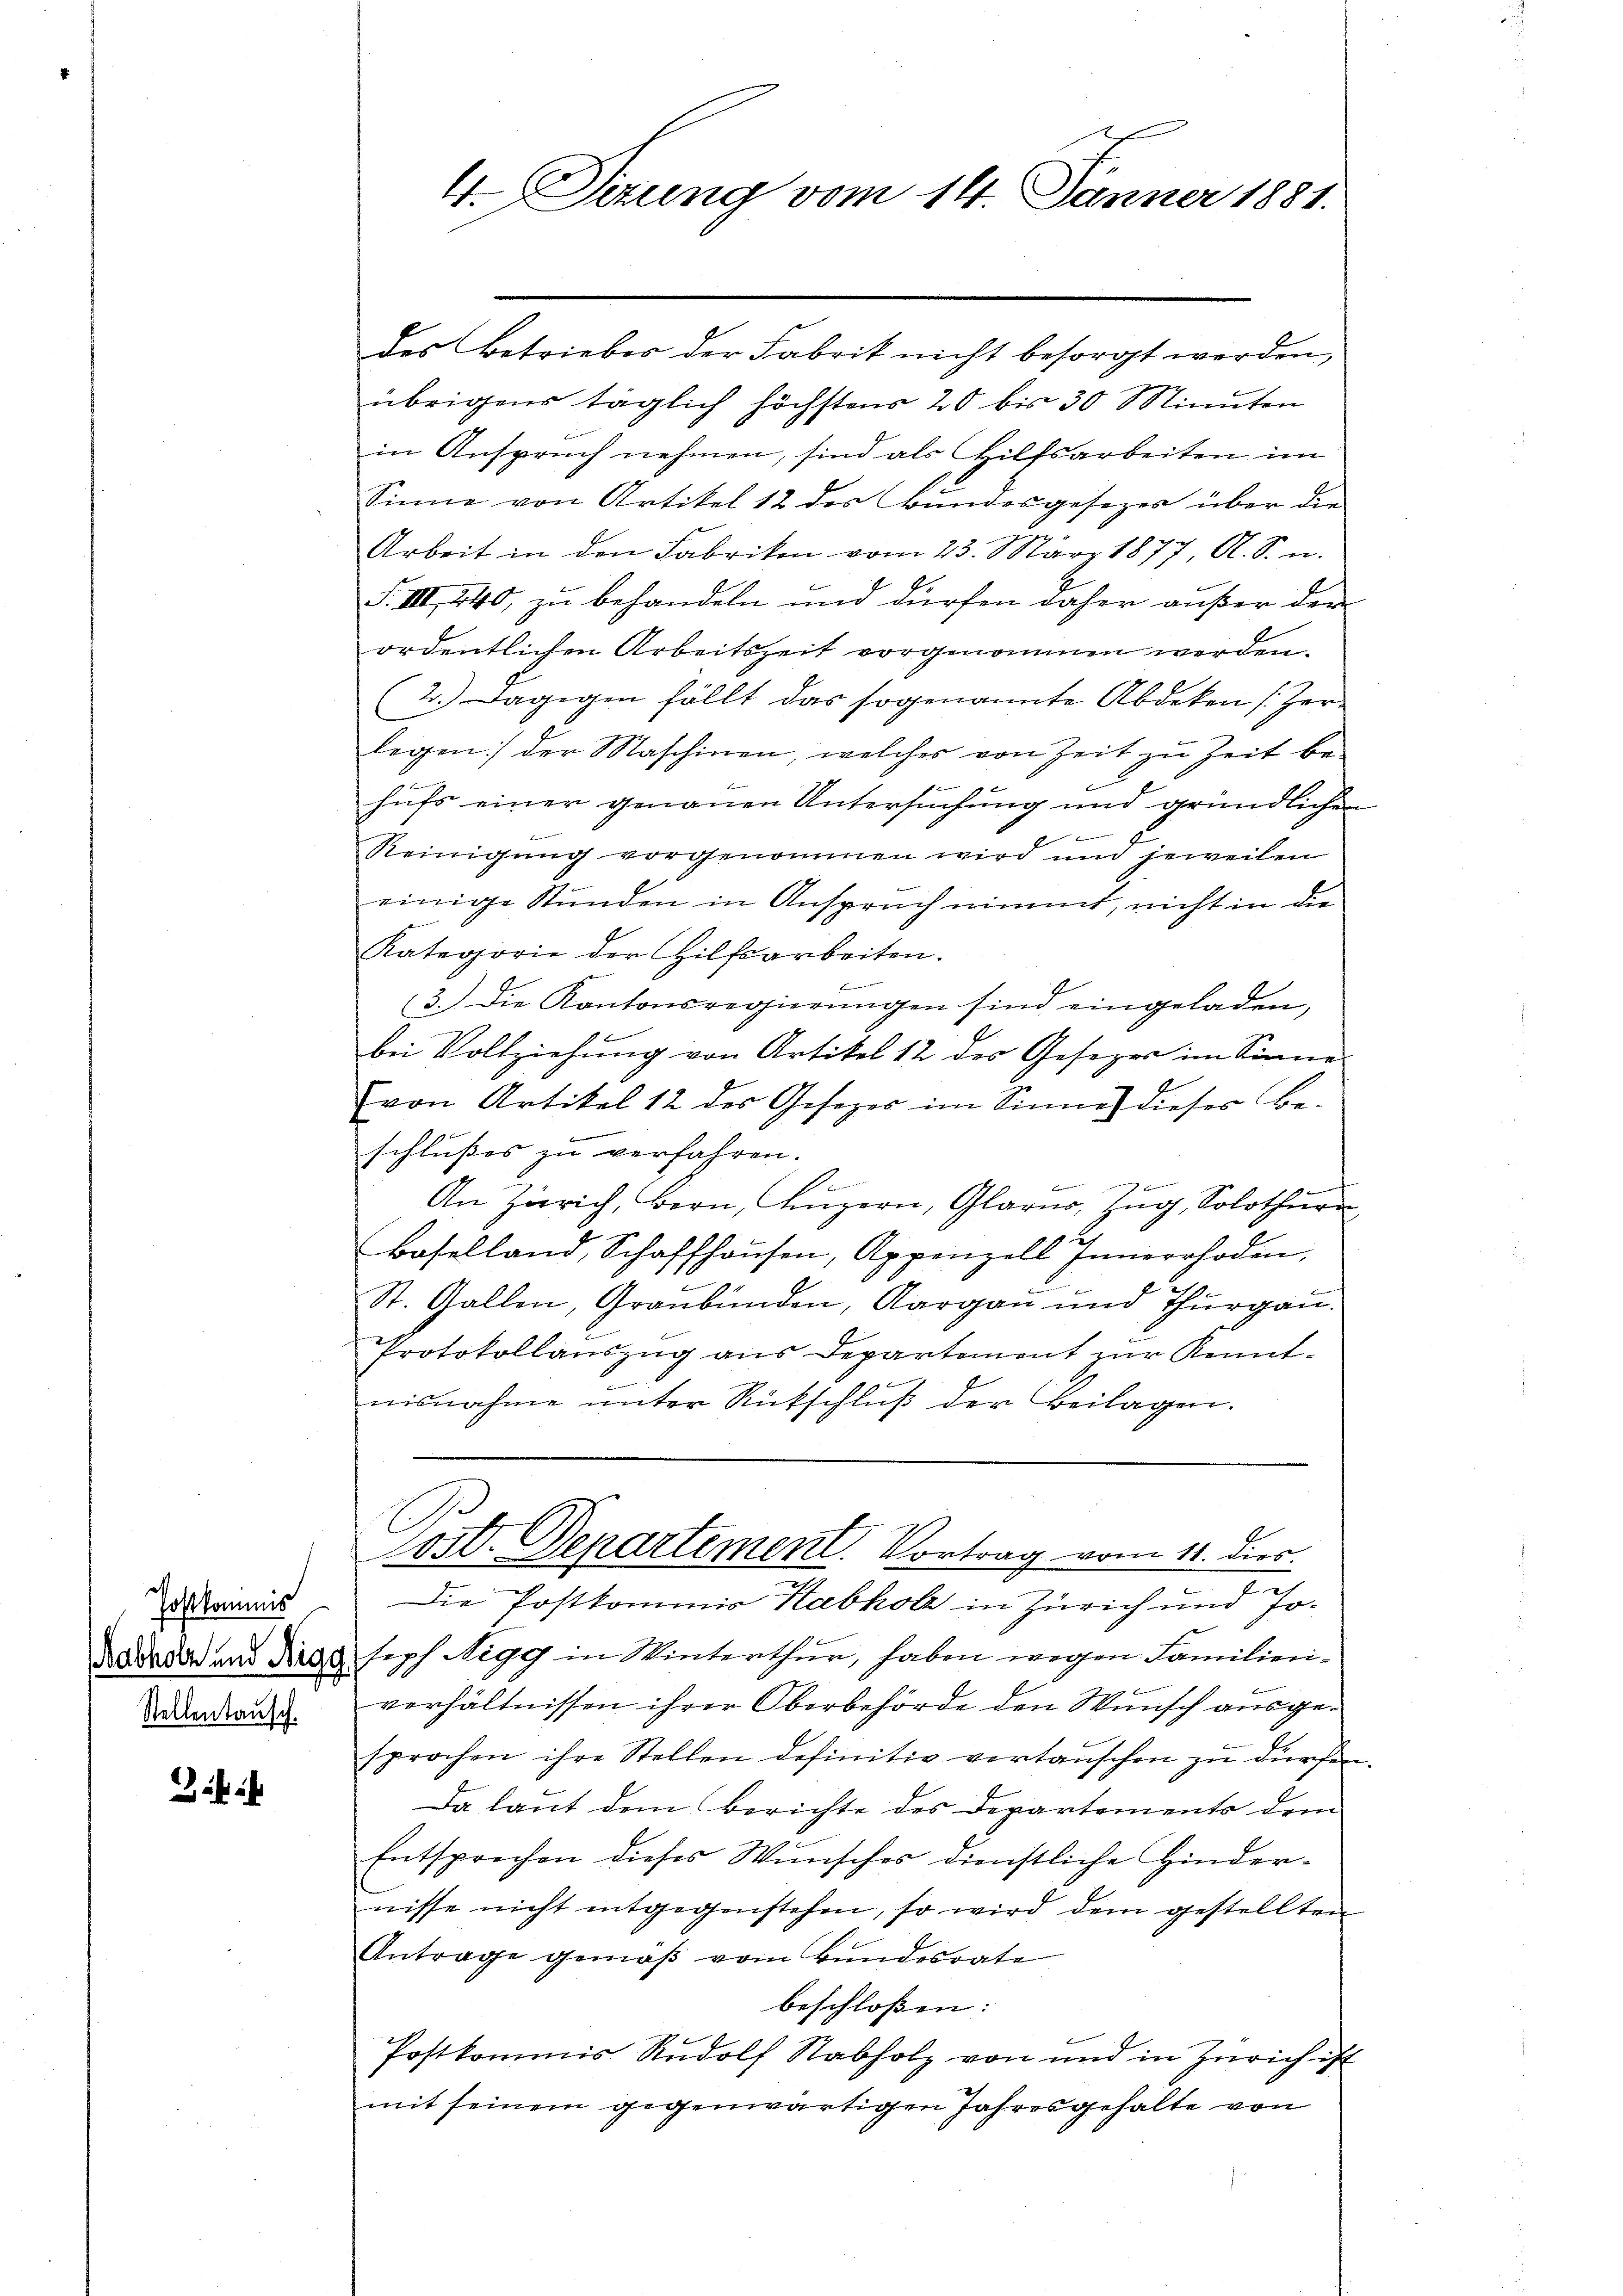
Postkommis
Stellentausch.

4.Sizung vom 14. Jänner 1881.

des betriebes der Fabrik nicht besorgt werden,
übrigens täglich höchstens 20 bis 30 Minuten
in Anspruch nehmen, sind als Hilfsarbeiten im
Sinne von Artikel 12 des Bundesgesezes über die
Arbeit in den Fabrikon vom 23. März 1877 A. S. u.
F. III 240, zu behandeln und dürfen daher außer den
ordentlichen Arbeitszeit vorgenommen werden.
(2.) Dagegen fällt das sogenannte Abdeken (Zerlegen der Maschinen, welches von Zeit zu Zeit be-
17 x
hufs einer genauen Untersuchung und gründlichen
Reinigung vorgenommen wird und jeweilen
einige Stunden in Anspruch nimmt, nicht in die
Kategorie der Hilfsarbeiten.
f
E
3.) Die Kantonsregierŭngen sind eingeladen,
bei Vollziehung von Artikel 12 des Gesezer im Sinne
von Artikel 12 des Gesezes im Sinne dieses Be-
schlußes zu verfahren.
Se
d
An Zürich, Bern, Anzern, Glarus, Zug, Solothurn
Baselland, Schaffhausen, Appenzell Innerrhoden,
St. Gallen, Graubünden, Aargau und Thurgau.
Protokollauszug aus Departement zur Kenntnisnahme unter Rückschlŭβ der Beilagen.
Zist. Departement. Vortrag vom 11. dies
Die Postkommis Kabholz in Zürich und Jo¬
Kadaver und dings seph Nigg in Winterthur, haben wegen Familieniverhältnissen ihrer Oberbehörde den Wunsch ausgesprochen ihre Stellen definitiv vertauschen zu dürfen
Da laut dem Berichte des Departements dem
Entsprechen dieses Wunsches dienstliche Hinder-
nisse nicht entgegenstehen, so wird dem gestellten
Antrage gemäß vom Bundesrate
beschlossen:
Postkommis Rudolf Nabholz von und in Zürich ist
mit seinem gegenwärtigen Jahresgehalte von